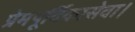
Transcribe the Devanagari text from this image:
प्रेमपूर्विकासेवा।